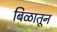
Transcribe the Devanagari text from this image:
बिळातून